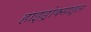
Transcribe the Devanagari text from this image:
हाइड्रोक्साइल